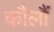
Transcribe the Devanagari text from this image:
कौलौं